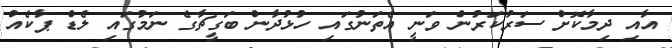
އާއި ދިމާކޮށް ސަރުކަރުން ވަނީ އެތަނުގައި ހުޅުދާން ބަގީޗާގެ ނަމުގައި ލެޑް ޕާކެއް